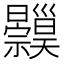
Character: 𱵸